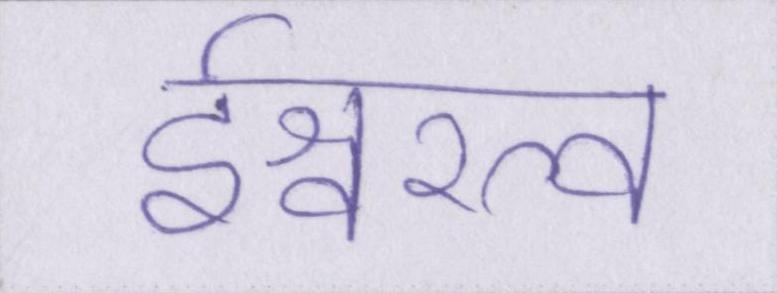
ईश्वरत्व